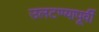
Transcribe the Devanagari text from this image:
उलटण्यापूर्वी